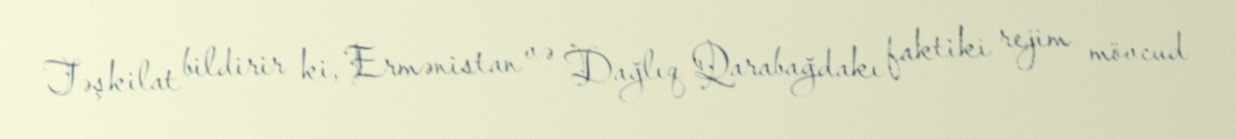
Təşkilat bildirir ki, Ermənistan və Dağlıq Qarabağdakı faktiki rejim mövcud